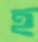
হ